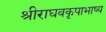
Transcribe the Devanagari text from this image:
श्रीराघवकृपाभाष्य